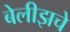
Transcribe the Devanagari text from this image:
बेलीझचे